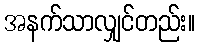
အနက်သာလျှင်တည်း။